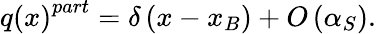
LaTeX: q\left(x\right)^{part}=\delta\left(x-x_{B}\right)+O\left(\alpha_{S}\right).